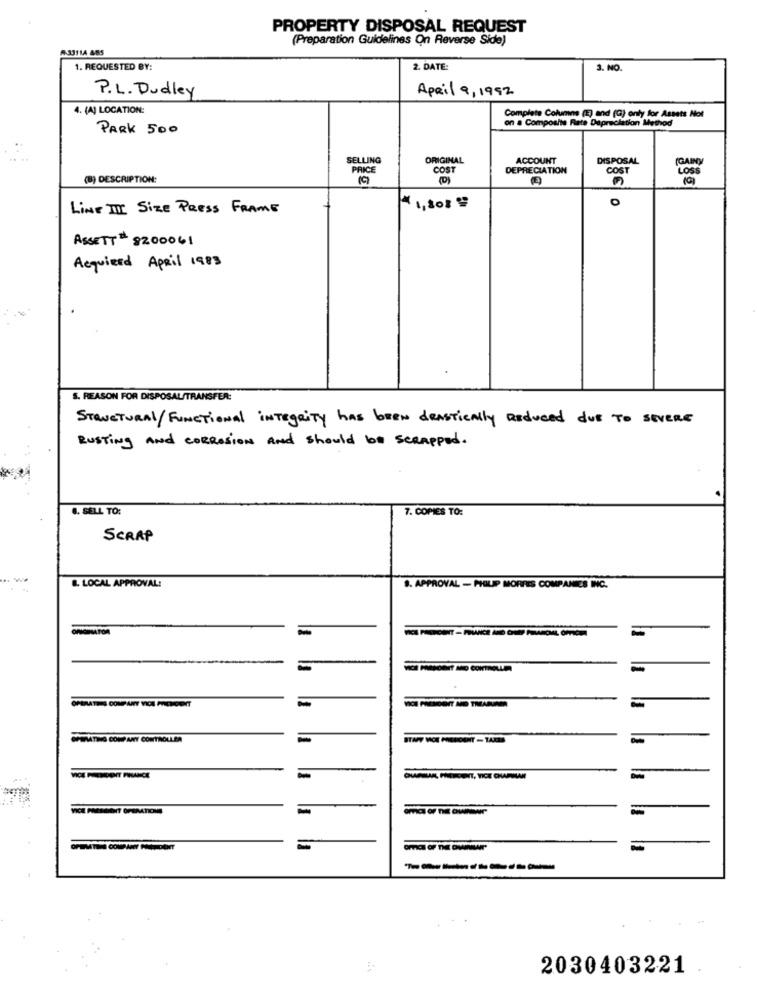
PROPERTY DISPOSAL REQUEST
(Preparation Guidelines On Reverse Side)
A 33114 485
1. REQUESTED BY:
2. DATE:
3. NO.
P.L. Dudley
April 9, 1992
4. (A) LOCATION:
Complete Columns (E) and (G) only for Assets Not
on a Composite Rate Depreciation Method
PARK 500
SELLING
ORIGINAL
ACCOUNT
DISPOSAL
PRICE
COST
DEPRECIATION
COST
(GAINY
LOSS
(8) DESCRIPTION:
(D)
0
Line III Size PRESS FRAME
4 1,308 %
ASSETT# 8200061
Acquired April 1983
S. REASON FOR DISPOSAL/TRANSFER:
STRUCTURAL/FUNCTIONAL INTEgriTY has BEEN dRASTically Reduced due TO SEVERE
RUSTing And CORROsion And should be SCRApped.
8. SELL TO:
7. COPIES TO:
SCRAP
B. LOCAL APPROVAL:
9. APPROVAL - PHILIP MORRIS COMPANIES INC.
ORIGINATOR
-
OPERATHIS COMPANY VICA PRACHCONT
OPEMATING COMPANY CONTROLLER
-
=
---------
2030403221